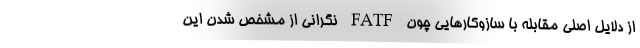
از دلایل اصلی مقابله با سازوکارهایی چون FATF نگرانی از مشخص شدن این